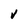
Character: V